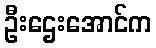
ဦးဌေးအောင်က